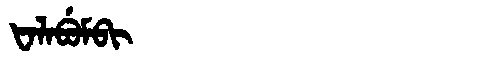
Manchu: ᡶᠠᠯᠠᠪᡠᠮᠪᡳ
Romanization: FALABUMBI